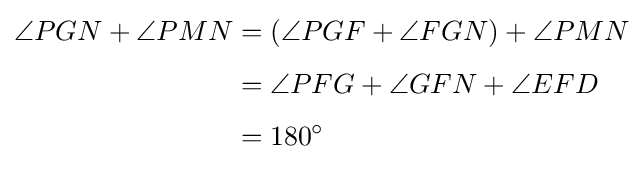
{\begin{aligned}\angle PGN+\angle PMN&=(\angle PGF+\angle FGN)+\angle PMN\\[4pt]&=\angle PFG+\angle GFN+\angle EFD\\[4pt]&=180^{\circ }\end{aligned}}